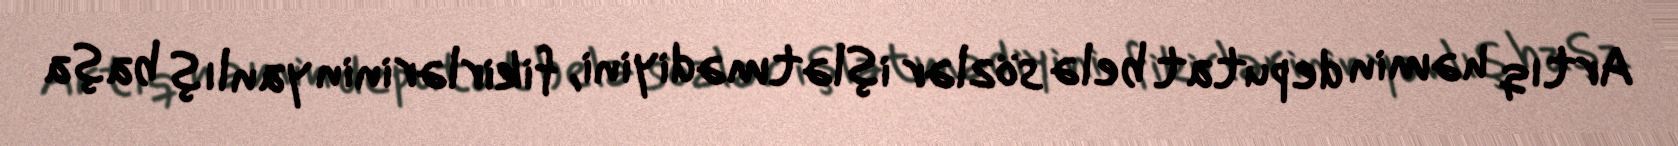
Artıq həmin deputat belə sözlər işlətmədiyini, fikirlərinin yanlış başa